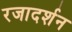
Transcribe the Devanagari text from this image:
रजादर्शन